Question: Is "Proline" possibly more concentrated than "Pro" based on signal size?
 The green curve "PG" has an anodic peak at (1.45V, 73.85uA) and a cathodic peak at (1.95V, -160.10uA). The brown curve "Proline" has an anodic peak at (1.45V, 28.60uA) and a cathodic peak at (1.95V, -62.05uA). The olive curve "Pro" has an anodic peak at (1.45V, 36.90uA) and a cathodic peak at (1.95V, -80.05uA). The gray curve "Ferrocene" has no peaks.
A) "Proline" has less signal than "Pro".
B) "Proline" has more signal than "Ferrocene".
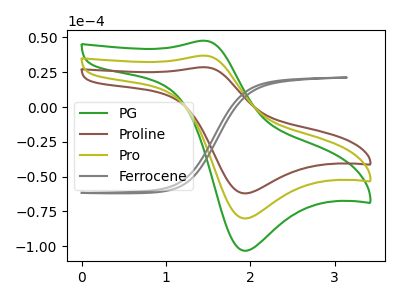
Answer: <think>All the peaks in "Proline" have a peak in "Pro" at the same potential. Every peak in "Proline" is lower than every peak in "Pro".
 </think>
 <answer>A) "Proline" has less signal than "Pro".</answer>
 <eval>A</eval>